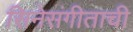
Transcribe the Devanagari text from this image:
सिनेसंगीताची